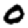
Digit: 0